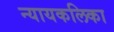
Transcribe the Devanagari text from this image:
न्यायकलिका